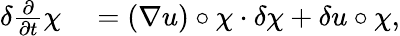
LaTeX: \begin{array}{rl}{\delta\frac{\partial}{\partial t}\chi}&{{}=(\nabla u)\circ\chi\cdot\delta{\chi}+\delta{u}\circ\chi,}\end{array}